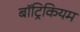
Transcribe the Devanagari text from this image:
बॉट्रिकियम